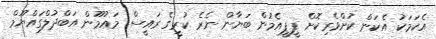
އެކަމަކު އެކަން ކުށްވެރިކޮށް ޕީޕީއެމުން ބަޔާން ނެރެ ކުރީގެ ރައީސް މައުމޫން އަބްދުލްގައްޔޫމް